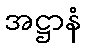
အဋ္ဌာနံ